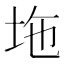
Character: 𡊇